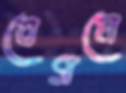
বেগমে